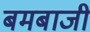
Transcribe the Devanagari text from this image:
बमबाजी